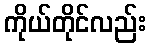
ကိုယ်တိုင်လည်း